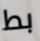
بط